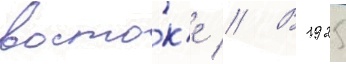
восто́к'е // В 1925